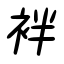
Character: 袢